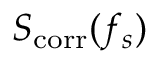
S _ { \mathrm { c o r r } } ( f _ { s } )